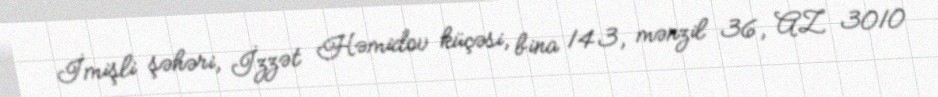
İmişli şəhəri, İzzət Həmidov küçəsi, bina 143, mənzil 36, AZ 3010